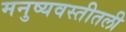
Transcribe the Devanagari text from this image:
मनुष्यवस्तीतली